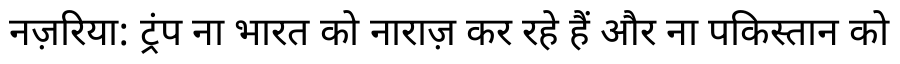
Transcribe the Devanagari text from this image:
नज़रिया: ट्रंप ना भारत को नाराज़ कर रहे हैं और ना पकिस्तान को